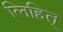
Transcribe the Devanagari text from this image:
लिहित्